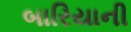
બારિયાની